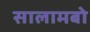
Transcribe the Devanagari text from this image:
सालामबो